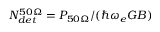
N _ { d e t } ^ { 5 0 \Omega } = P _ { 5 0 \Omega } / ( \hbar \omega _ { e } G B )